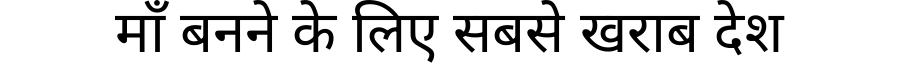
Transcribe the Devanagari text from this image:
माँ बनने के लिए सबसे खराब देश